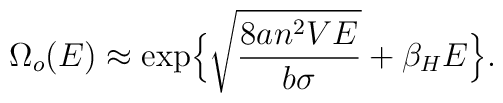
\Omega_o(E) \approx \exp \Bigl\{\sqrt{8an^2VE\over b\sigma} + \beta_H E \Bigr\}.